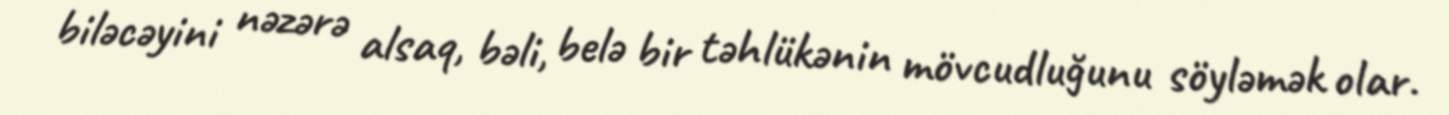
biləcəyini nəzərə alsaq, bəli, belə bir təhlükənin mövcudluğunu söyləmək olar.